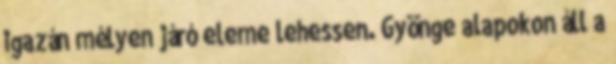
igazán mélyen járó eleme lehessen. Gyönge alapokon áll a